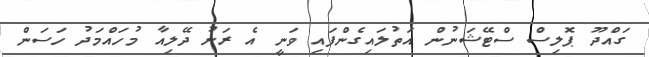
ގައްދޫ ޕޮލިސް ސްޓޭޝަނުން އަތުލައިގެންފައި ވަނީ އެ ރަށު ދޭލިއާ މުހައްމަދު ހަސަން